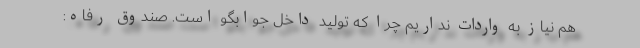
هم نیاز به واردات نداریم چرا که تولید داخل جوابگو است. صندوق رفاه: